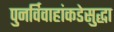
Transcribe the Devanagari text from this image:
पुनर्विवाहांकडेसुद्धा